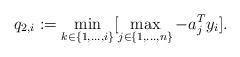
LaTeX: \begin{align*}q_{2,i}:=\min_{k\in\{1,\dots,i\}}[\max_{j\in\{1,\dots,n\}}-a_{j}^{T}y_{i}].\end{align*}